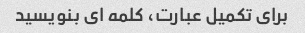
برای تکمیل عبارت، کلمه ای بنویسید